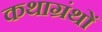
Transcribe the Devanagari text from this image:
कथाग्रंथों